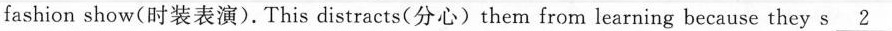
fashion show(时装表演).This distracts(分心)them from learning because they s \underline{2}